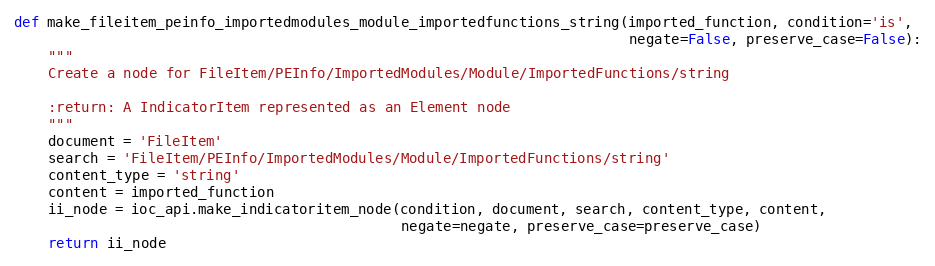
Language: Python
def make_fileitem_peinfo_importedmodules_module_importedfunctions_string(imported_function, condition='is',
                                                                         negate=False, preserve_case=False):
    """
    Create a node for FileItem/PEInfo/ImportedModules/Module/ImportedFunctions/string

    :return: A IndicatorItem represented as an Element node
    """
    document = 'FileItem'
    search = 'FileItem/PEInfo/ImportedModules/Module/ImportedFunctions/string'
    content_type = 'string'
    content = imported_function
    ii_node = ioc_api.make_indicatoritem_node(condition, document, search, content_type, content,
                                              negate=negate, preserve_case=preserve_case)
    return ii_node